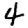
Digit: 4